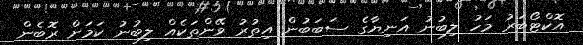
އޮކްޓޯބަރު މަހު ލިބުނު އަނިޔާގެ ސަބަބުން އިތުރު ވޭންތަކެއް ލިބުނު ކަމަށް ރޮބެން